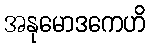
အနုမောဒကေဟိ